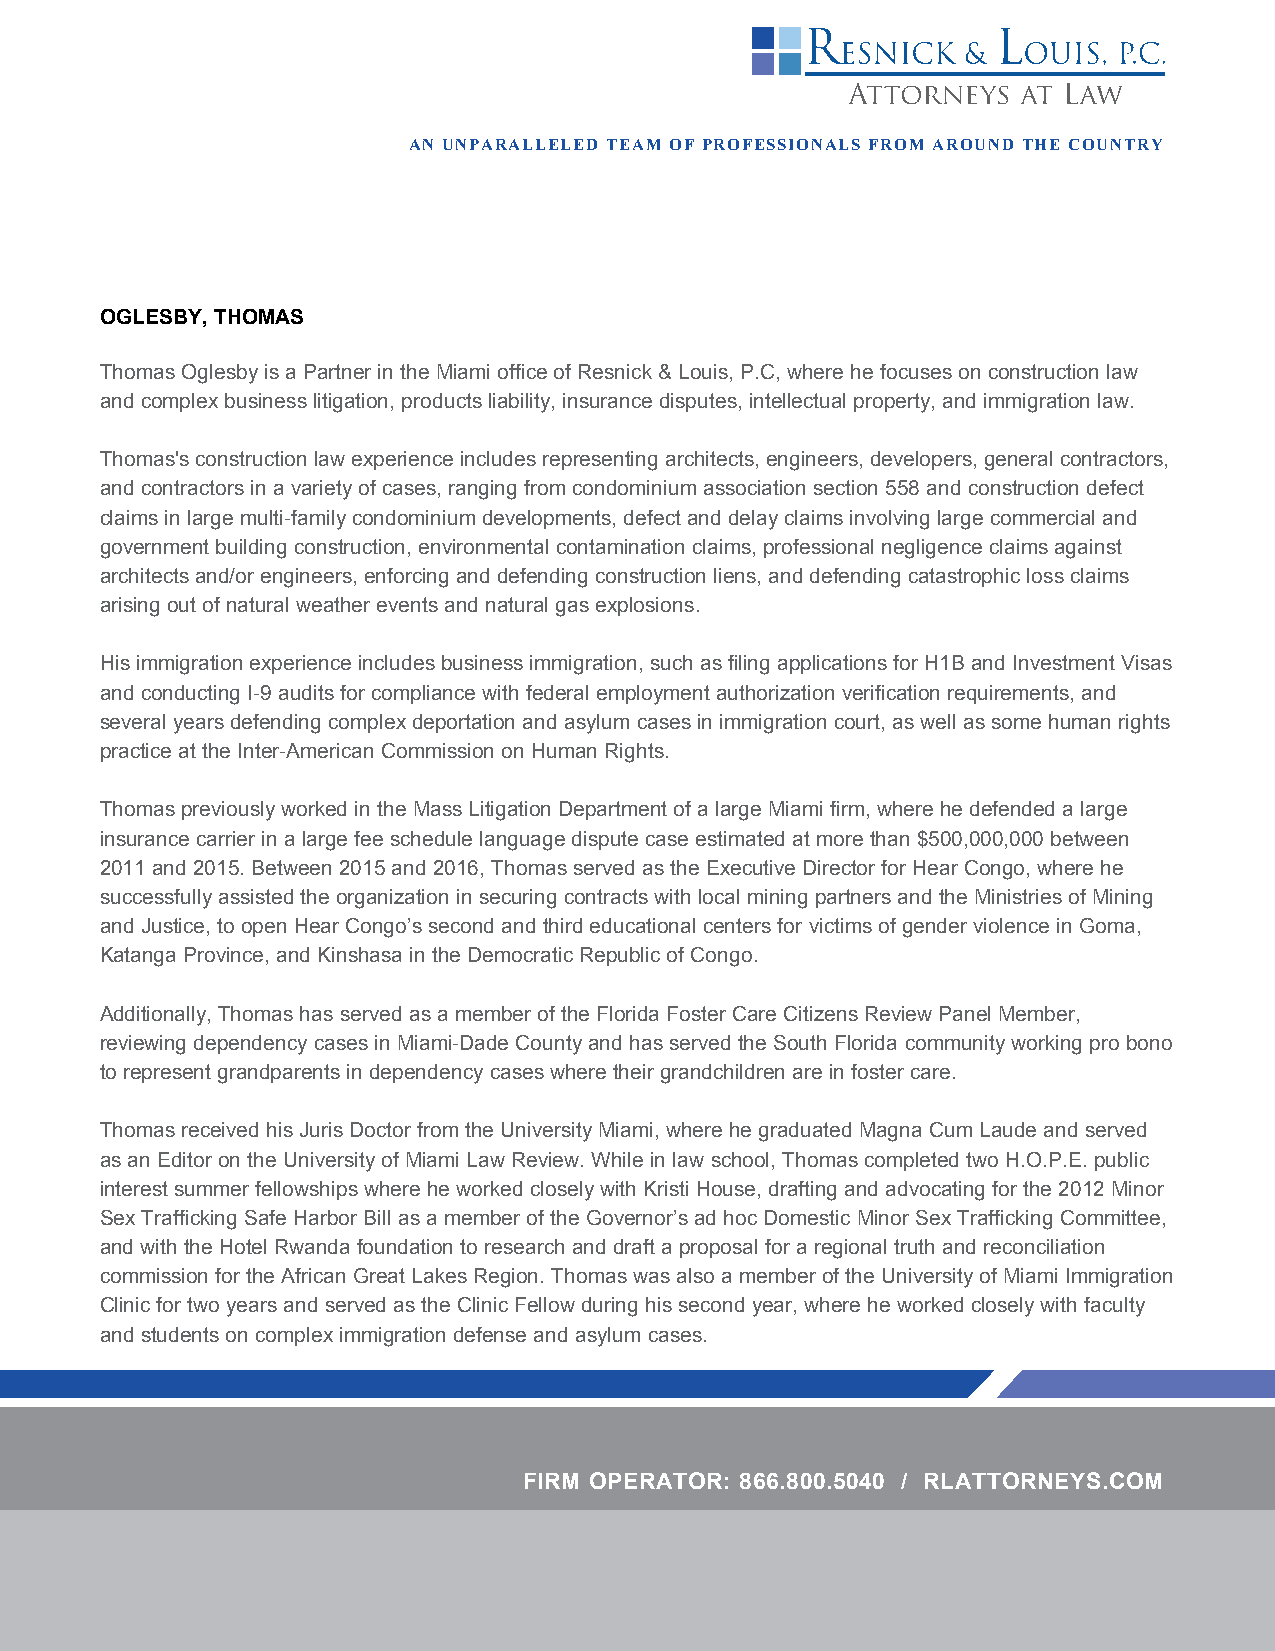
AN UNPARALLELED TEAM OF PROFESSIONALS FROM AROUND THE COUNTRY
 OGLESBY, THOMAS
 Thomas Oglesby is a Partner in the Miami office of Resnick & Louis, P.C, where he focuses on construction law
 and complex business litigation, products liability, insurance disputes, intellectual property, and immigration law.
 Thomas's construction law experience includes representing architects, engineers, developers, general contractors,
 and contractors in a variety of cases, ranging from condominium association section 558 and construction defect
 claims in large multi-family condominium developments, defect and delay claims involving large commercial and
 government building construction, environmental contamination claims, professional negligence claims against
 architects and/or engineers, enforcing and defending construction liens, and defending catastrophic loss claims
 arising out of natural weather events and natural gas explosions.
 His immigration experience includes business immigration, such as filing applications for H1B and Investment Visas
 and conducting I-9 audits for compliance with federal employment authorization verification requirements, and
 several years defending complex deportation and asylum cases in immigration court, as well as some human rights
 practice at the Inter-American Commission on Human Rights.
 Thomas previously worked in the Mass Litigation Department of a large Miami firm, where he defended a large
 insurance carrier in a large fee schedule language dispute case estimated at more than $500,000,000 between
 2011 and 2015. Between 2015 and 2016, Thomas served as the Executive Director for Hear Congo, where he
 successfully assisted the organization in securing contracts with local mining partners and the Ministries of Mining
 and Justice, to open Hear Congo’s second and third educational centers for victims of gender violence in Goma,
 Katanga Province, and Kinshasa in the Democratic Republic of Congo.
 Additionally, Thomas has served as a member of the Florida Foster Care Citizens Review Panel Member,
 reviewing dependency cases in Miami-Dade County and has served the South Florida community working pro bono
 to represent grandparents in dependency cases where their grandchildren are in foster care.
 Thomas received his Juris Doctor from the University Miami, where he graduated Magna Cum Laude and served
 as an Editor on the University of Miami Law Review. While in law school, Thomas completed two H.O.P.E. public
 interest summer fellowships where he worked closely with Kristi House, drafting and advocating for the 2012 Minor
 Sex Trafficking Safe Harbor Bill as a member of the Governor’s ad hoc Domestic Minor Sex Trafficking Committee,
 and with the Hotel Rwanda foundation to research and draft a proposal for a regional truth and reconciliation
 commission for the African Great Lakes Region. Thomas was also a member of the University of Miami Immigration
 Clinic for two years and served as the Clinic Fellow during his second year, where he worked closely with faculty
 and students on complex immigration defense and asylum cases.
 FIRM OPERATOR: 866.800.5040 / RLATTORNEYS.COM